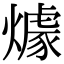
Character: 㷾